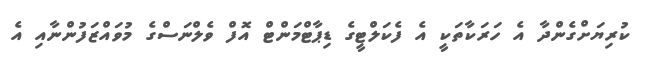
ކުރިޔަށްގެންދާ އެ ހަރަކާތަކީ އެ ފެކަލްޓީގެ ޑިޕާޓްމަންޓް އޮފް ވެލްނަސްގެ މުވައްޒަފުންނާއި އެ